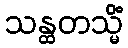
သန္ထတသ္မိံ